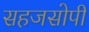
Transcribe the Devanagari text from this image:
सहजसोपी